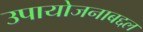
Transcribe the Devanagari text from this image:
उपायोजनाबद्दल